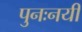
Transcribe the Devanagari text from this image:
पुनःनयी